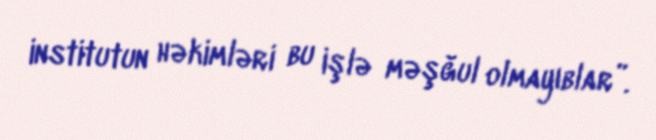
institutun həkimləri bu işlə məşğul olmayıblar”.